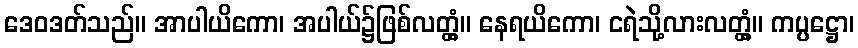
ဒေဝဒတ်သည်။ အာပါယိကော၊ အပါယ်၌ဖြစ်လတ္တံ့။ နေရယိကော၊ ငရဲသို့လားလတ္တံ့။ ကပ္ပဋ္ဌော၊